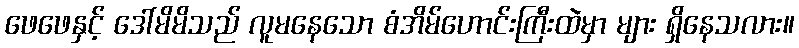
ဖေဖေနှင့် ဒေါ်မိမိသည် လူမနေသော စံအိမ်ဟောင်းကြီးထဲမှာ များ ရှိနေသလား။